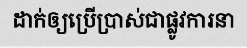
ដាក់ឲ្យប្រើប្រាស់ជាផ្លូវការនា